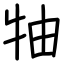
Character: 牰